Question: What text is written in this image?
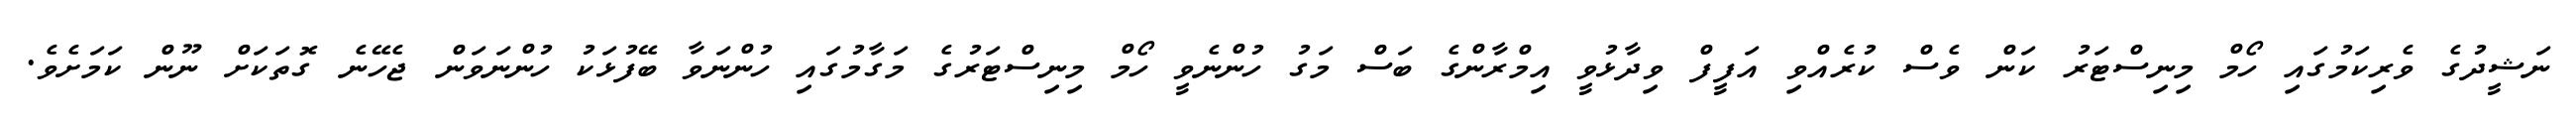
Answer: ނަޝީދުގެ ވެރިކަމުގައި ހޯމް މިނިސްޓަރު ކަން ވެސް ކުރެއްވި އަފީފް ވިދާޅުވީ އިމްރާންގެ ބަސް މަގު ހުންނެވީ ހޯމް މިނިސްޓަރުގެ މަގާމުގައި ހުންނަވާ ބޭފުޅަކު ހުންނަވަން ޖެހޭނެ ގޮތަކަށް ނޫން ކަމަށެވެ.